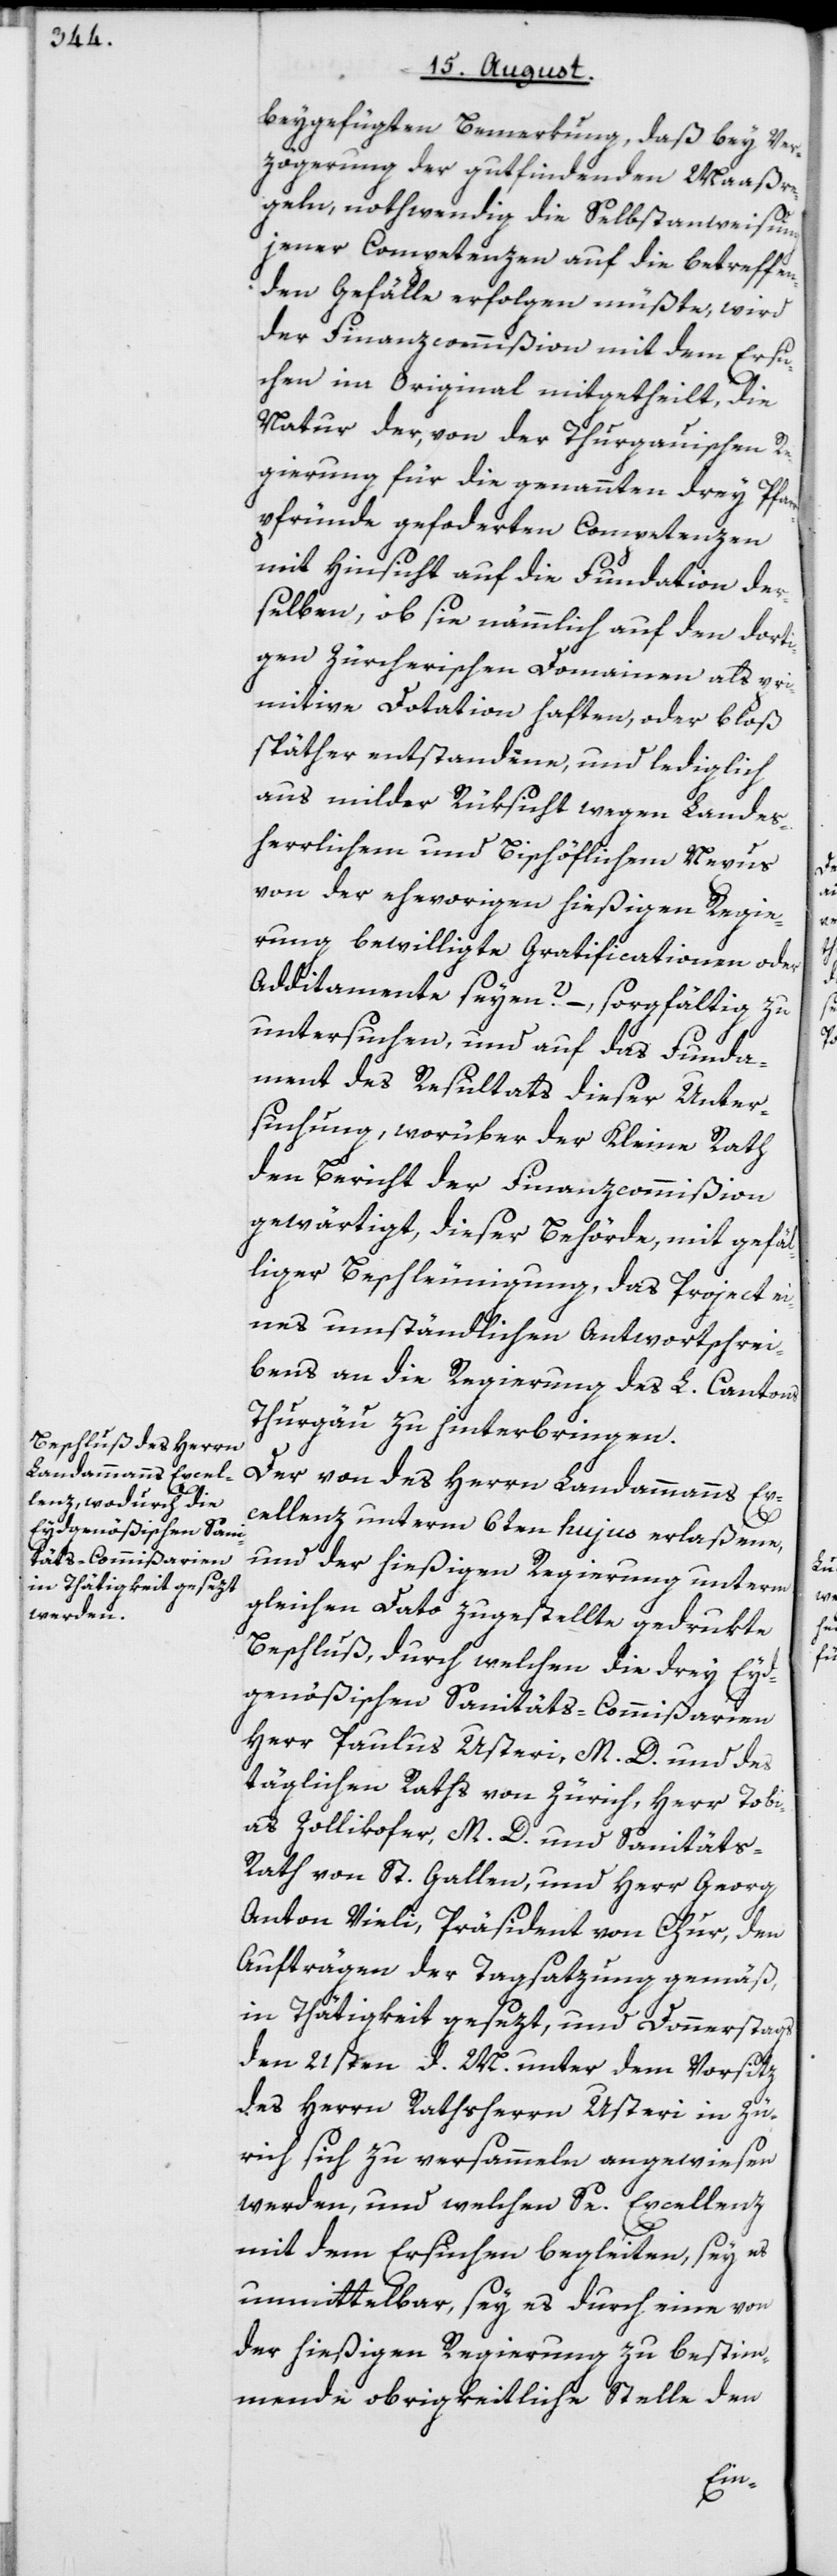
beygefügten Bemerkung, daß bey Ver¬
zögerung der gutfindenden Maaßre¬
geln, nothwendig die Selbstanweisung
jener Competenzen auf die betreffen¬
den Gefälle erfolgen müßte, wird
der Finanzcommißion mit dem Ersu¬
chen im Original mitgetheilt, die
Natur der, von der Thurgauischen R¬
egierung für die genannten drey Pfar¬
rpfründe gefo[r]derten Competenzen
mit Hinsicht auf die Fundation der¬
selben, ob sie nämmlich auf den dorti¬
gen Zürcherischen Domainen als pri¬
mitive Dotation haften, oder bloß
späther entstandene, und lediglich
aus milder Rüksicht wegen Landes¬
herrlichem und Bischöflichem Nexus
von der ehevorigen hießigen Regie¬
rung bewilligte Gratificationen oder
Additamente seyen? –, sorgfältig zu
untersuchen, und auf das Funda¬
ment des Resultats dieser Unter¬
suchung, worüber der Kleine Rath
den Bericht der Finanzcommißion
gewärtigt, dieser Behörde, mit gefäl¬
liger Beschleunigung, das Project ei¬
nes umständlichen Antwortschrei¬
bens an die Regierung des L. Cantons
Thurgau zu hinterbringen.
Der von des Herrn Landammanns Ex¬
cellenz unterm 6ten hujus erlaßene,
und der hießigen Regierung unterm
gleichen Dato zugestellte gedrukte
Beschluß, durch welchen die drey Eyd¬
genößischen Sanitäts-Commißarien
Herr Paulus Usteri, M. D. und des
täglichen Raths von Zürich, Herr Tobi¬
as Zollikofer, M. D. und Sanitäts-R¬
ath von St. Gallen, und Herr Georg
Anton Vieli, Präsident von Chur, den
Aufträgen der Tagsatzung gemäß,
in Thätigkeit gesezt, und Donnerstags
den 21sten d. M. unter dem Vorsitz
des Herrn Rathsherrn Usteri in Zü¬
rich sich zu versammeln angewiesen
werden, und welchen Se. Excellenz
mit dem Ersuchen begleiten, sey es
unmittelbar, sey es durch eine von
der hießigen Regierung zu bestim¬
mende obrigkeitliche Stelle den